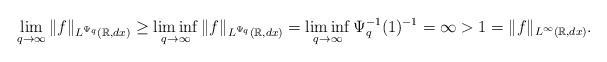
\begin{align*} \lim_{q\rightarrow\infty}\|f\|_{L^{\Psi_q}(\mathbb{R},dx)}\geq\liminf_{q\rightarrow\infty}\|f\|_{L^{\Psi_q}(\mathbb{R},dx)}=\liminf_{q\rightarrow\infty}\Psi_q^{-1}(1)^{-1}=\infty>1= \|f\|_{L^\infty(\mathbb{R},dx)}.\end{align*}